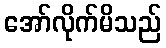
အော်လိုက်မိသည်